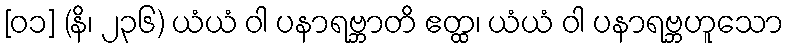
[၀၁] (နိ၊ ၂၃၆) ယံယံ ဝါ ပနာရဗ္ဘာတိ ဧတ္ထ၊ ယံယံ ဝါ ပနာရဗ္ဘဟူသော